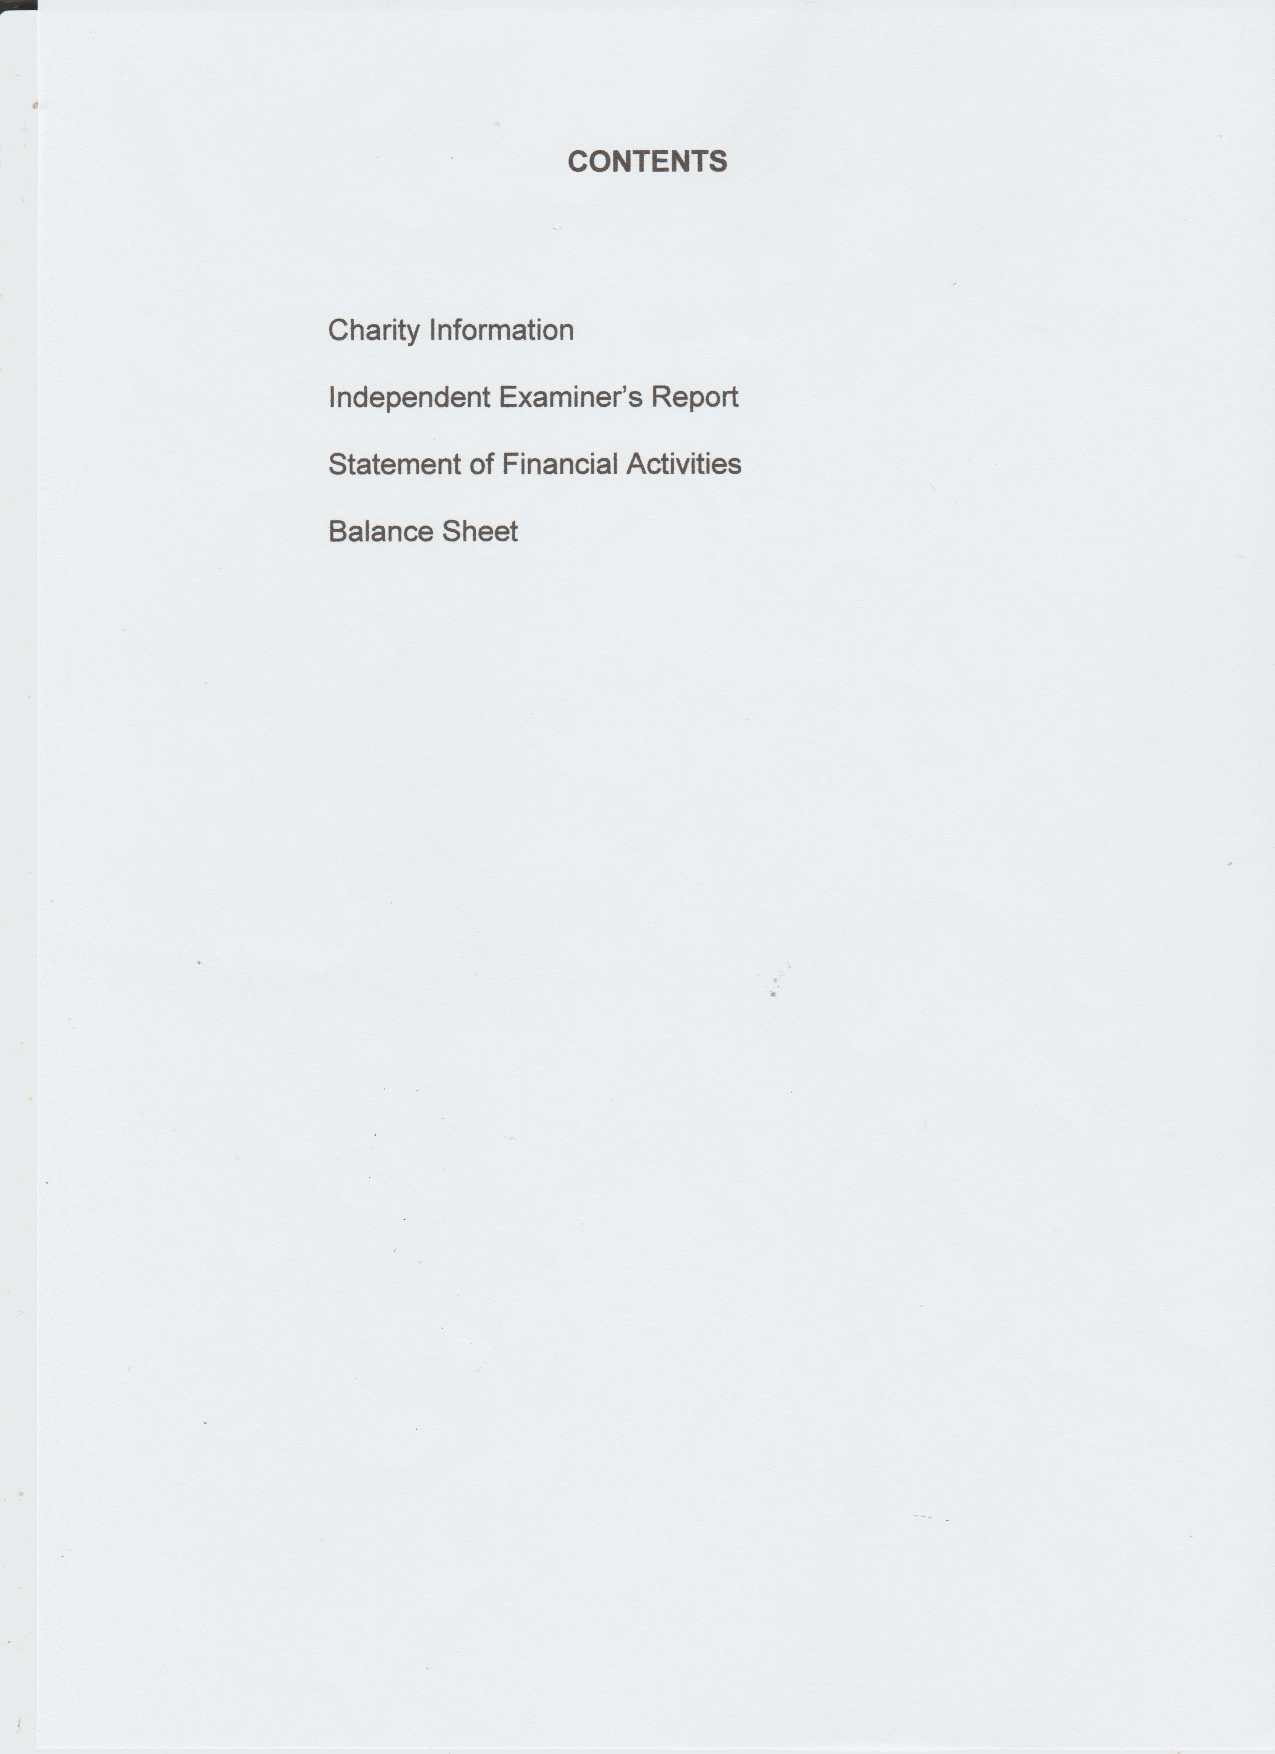
CONTENTS
 Charity Information
 Independent Examiner's Report
 Statement of Financial Activities
 Balance Sheet